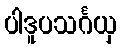
ပါဒူပသင်္ဂယှ